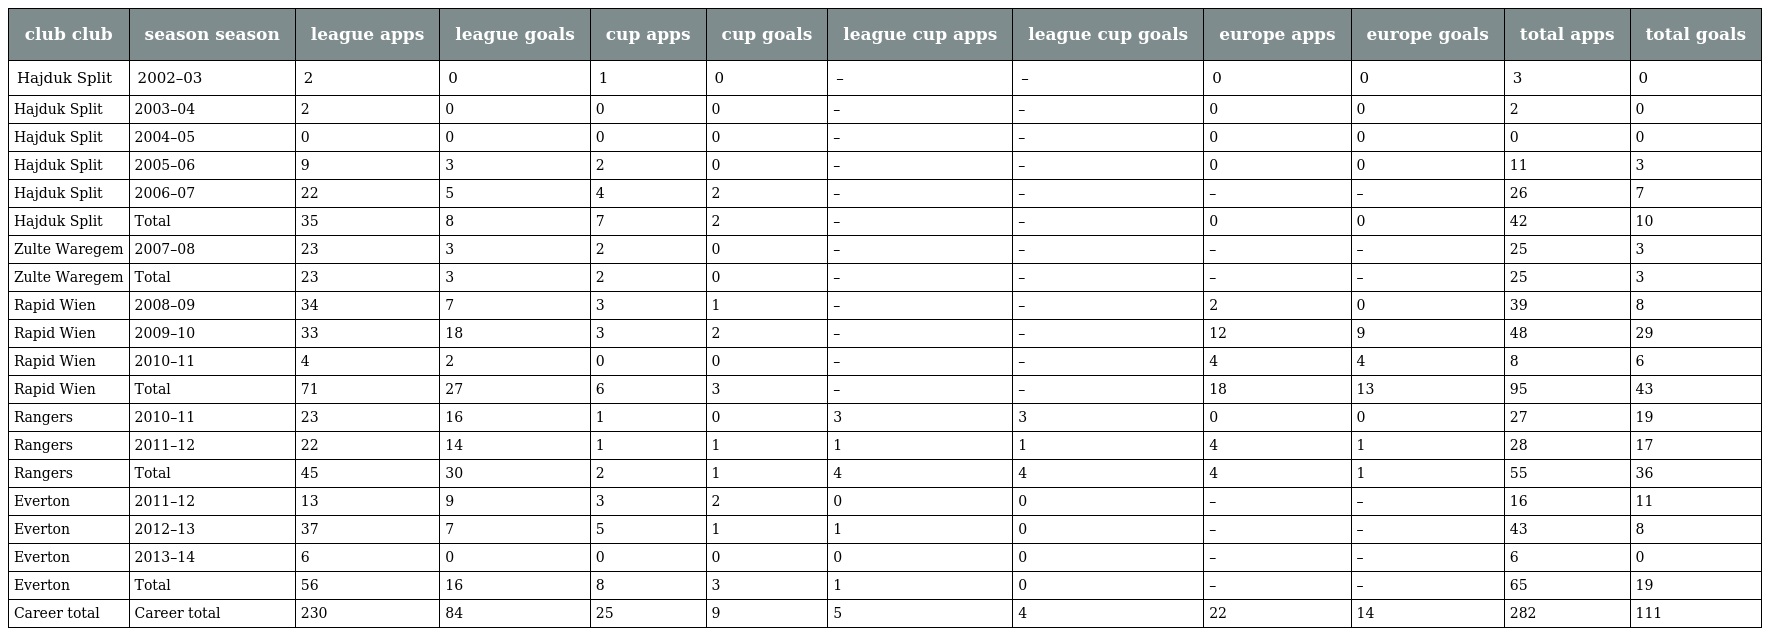
| club club | season season | league apps | league goals | cup apps | cup goals | league cup apps | league cup goals | europe apps | europe goals | total apps | total goals |
 | --- | --- | --- | --- | --- | --- | --- | --- | --- | --- | --- | --- |
 | Hajduk Split | 2002–03 | 2 | 0 | 1 | 0 | – | – | 0 | 0 | 3 | 0 |
 | Hajduk Split | 2003–04 | 2 | 0 | 0 | 0 | – | – | 0 | 0 | 2 | 0 |
 | Hajduk Split | 2004–05 | 0 | 0 | 0 | 0 | – | – | 0 | 0 | 0 | 0 |
 | Hajduk Split | 2005–06 | 9 | 3 | 2 | 0 | – | – | 0 | 0 | 11 | 3 |
 | Hajduk Split | 2006–07 | 22 | 5 | 4 | 2 | – | – | – | – | 26 | 7 |
 | Hajduk Split | Total | 35 | 8 | 7 | 2 | – | – | 0 | 0 | 42 | 10 |
 | Zulte Waregem | 2007–08 | 23 | 3 | 2 | 0 | – | – | – | – | 25 | 3 |
 | Zulte Waregem | Total | 23 | 3 | 2 | 0 | – | – | – | – | 25 | 3 |
 | Rapid Wien | 2008–09 | 34 | 7 | 3 | 1 | – | – | 2 | 0 | 39 | 8 |
 | Rapid Wien | 2009–10 | 33 | 18 | 3 | 2 | – | – | 12 | 9 | 48 | 29 |
 | Rapid Wien | 2010–11 | 4 | 2 | 0 | 0 | – | – | 4 | 4 | 8 | 6 |
 | Rapid Wien | Total | 71 | 27 | 6 | 3 | – | – | 18 | 13 | 95 | 43 |
 | Rangers | 2010–11 | 23 | 16 | 1 | 0 | 3 | 3 | 0 | 0 | 27 | 19 |
 | Rangers | 2011–12 | 22 | 14 | 1 | 1 | 1 | 1 | 4 | 1 | 28 | 17 |
 | Rangers | Total | 45 | 30 | 2 | 1 | 4 | 4 | 4 | 1 | 55 | 36 |
 | Everton | 2011–12 | 13 | 9 | 3 | 2 | 0 | 0 | – | – | 16 | 11 |
 | Everton | 2012–13 | 37 | 7 | 5 | 1 | 1 | 0 | – | – | 43 | 8 |
 | Everton | 2013–14 | 6 | 0 | 0 | 0 | 0 | 0 | – | – | 6 | 0 |
 | Everton | Total | 56 | 16 | 8 | 3 | 1 | 0 | – | – | 65 | 19 |
 | Career total | Career total | 230 | 84 | 25 | 9 | 5 | 4 | 22 | 14 | 282 | 111 |